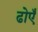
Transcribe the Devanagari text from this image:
ढोएँ